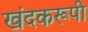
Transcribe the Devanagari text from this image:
खंदकरूपी